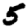
Digit: 5